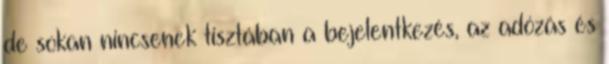
de sokan nincsenek tisztában a bejelentkezés, az adózás és